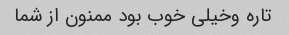
تاره وخیلی خوب بود ممنون از شما